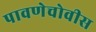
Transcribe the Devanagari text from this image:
पावणेचोवीस